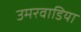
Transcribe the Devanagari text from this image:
उमरवाडिया